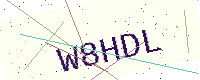
Text: W8HDL